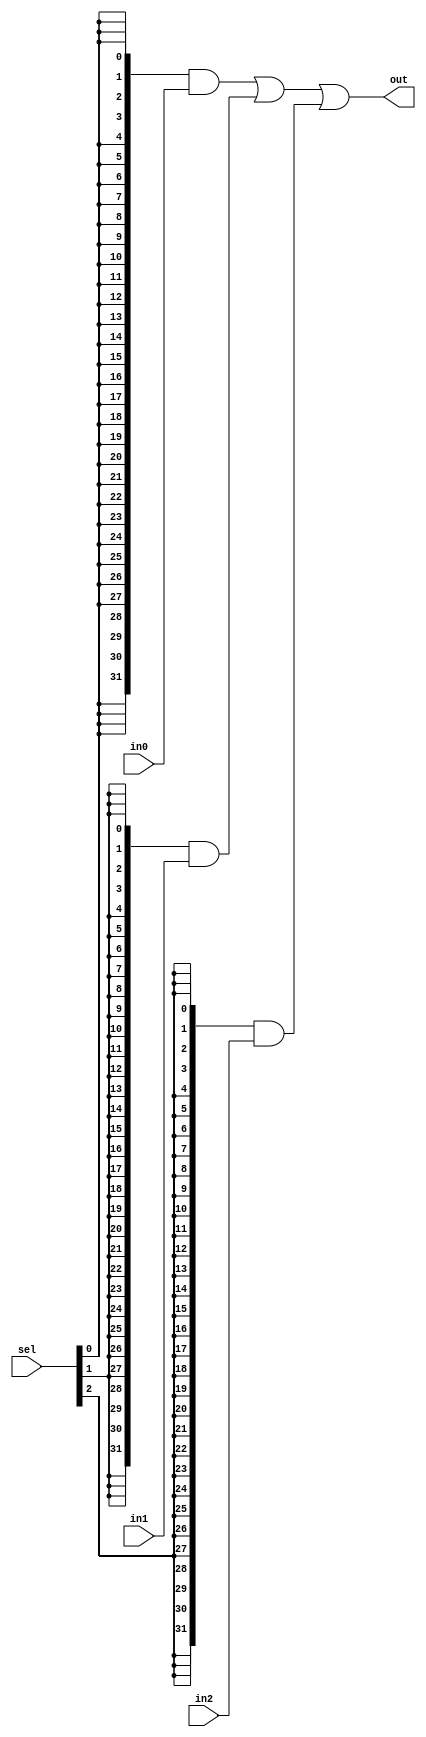
module mux3_32b(
    input wire [31:0] in0, in1, in2,
    input wire [2:0] sel,
    output wire [31:0] out
);
    assign out = ({32{sel[0]}} & in0) 
               | ({32{sel[1]}} & in1)
               | ({32{sel[2]}} & in2);
endmodule